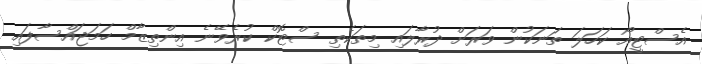
އެސްޓީއޯ ކަހަލަ ތަނަކުން ވަރަށް ދުރާލައި މިތަކެތި ސްޓޮކް ކުރެވޭނެ އިންތިޒާމް ހަމަޖައްސާފައި